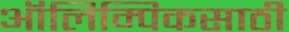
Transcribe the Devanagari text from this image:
ऑलिम्पिकसाठी